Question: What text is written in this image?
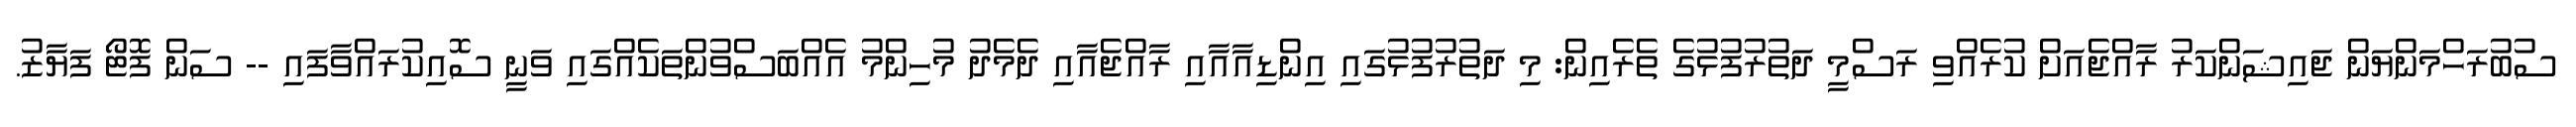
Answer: ސުބުރަހްމަންޔަން ޖައިޝަންކަރު ރާއްޖެއަށް ކުރެއްވި ރަސްމީ ދަތުރުފުޅުގެ ތެރެއިން: މި ދަތުރުފުޅުގައި އިންޑިއާއާއި ރާއްޖެއާއި ދެމެދު މުހިންމު އެއްބަސްވުންތަކެއްގައި ވަނީ ސޮއިކުރައްވާފައި -- ސަން ފޮޓޯ ފަޔާޒު.